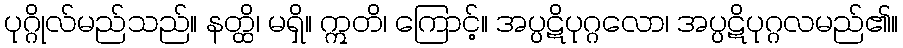
ပုဂ္ဂိုလ်မည်သည်။ နတ္ထိ၊ မရှိ။ ဣတိ၊ ကြောင့်။ အပ္ပဋိပုဂ္ဂလော၊ အပ္ပဋိပုဂ္ဂလမည်၏။